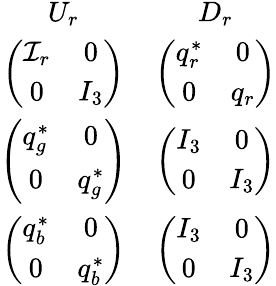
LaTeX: \begin{array}{cc}{{U_{r}}}&{{D_{r}}}\\ {{\left(\begin{array}{cc}{{{\cal{I}}_{r}}}&{{0}}\\ {{0}}&{{I_{3}}}\end{array}\right)}}&{{\left(\begin{array}{cc}{{q_{r}^{*}}}&{{0}}\\ {{0}}&{{q_{r}}}\end{array}\right)}}\\ {{\left(\begin{array}{cc}{{q_{g}^{*}}}&{{0}}\\ {{0}}&{{q_{g}^{*}}}\end{array}\right)}}&{{\left(\begin{array}{cc}{{I_{3}}}&{{0}}\\ {{0}}&{{I_{3}}}\end{array}\right)}}\\ {{\left(\begin{array}{cc}{{q_{b}^{*}}}&{{0}}\\ {{0}}&{{q_{b}^{*}}}\end{array}\right)}}&{{\left(\begin{array}{cc}{{I_{3}}}&{{0}}\\ {{0}}&{{I_{3}}}\end{array}\right)}}\end{array}